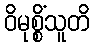
ဝိမုစ္စိံသူတိ